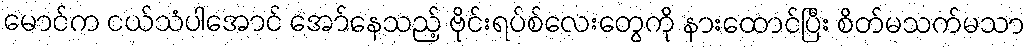
မောင်က ငယ်သံပါအောင် အော်နေသည့် ဗိုင်းရပ်စ်လေးတွေကို နားထောင်ပြီး စိတ်မသက်မသာ